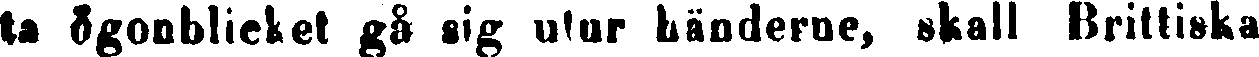
ta ögonblicket gå sig utur händerne, skall Brittiska